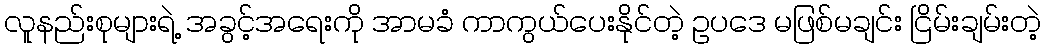
လူနည်းစုများရဲ့ အခွင့်အရေးကို အာမခံ ကာကွယ်ပေးနိုင်တဲ့ ဥပဒေ မဖြစ်မချင်း ငြိမ်းချမ်းတဲ့